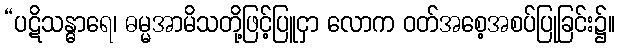
“ပဋိသန္ဓာရေ၊ ဓမ္မအာမိသတို့ဖြင့်ပြူငှာ လောက ဝတ်အစေ့အစပ်ပြုခြင်း၌။